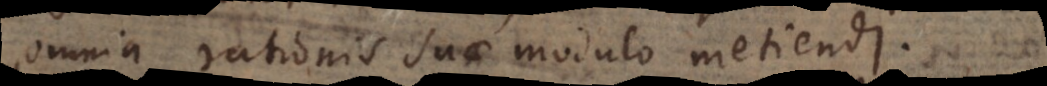
omnia rationis suae modulo metiendi.